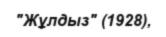
"Жұлдыз" (1928),